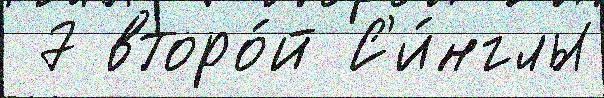
 7 второ́й С'и́нглы